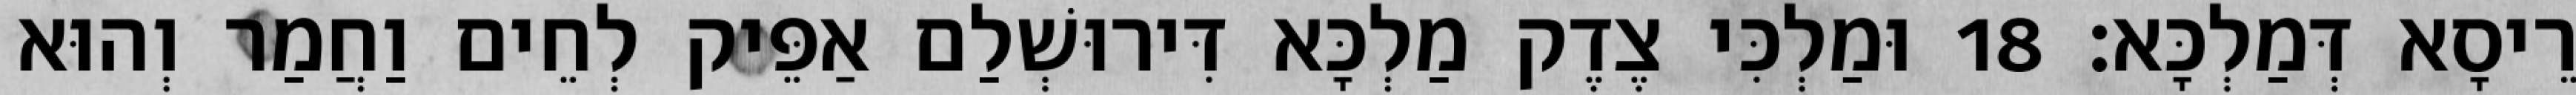
רֵיסָא דְּמַלְכָּא׃ 18 וּמַלְכִּי צֶדֶק מַלְכָּא דִּירוּשְׁלַם אַפֵּיק לְחֵים וַחֲמַר וְהוּא